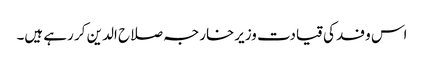
اس وفد کی قیادت وزیرخارجہ صلاح الدین کر رہے ہیں۔